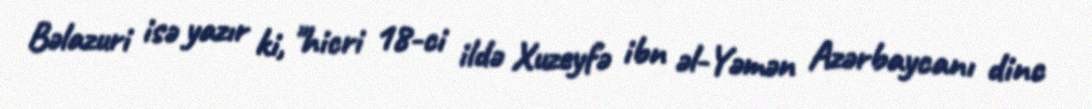
Bəlazuri isə yazır ki, "hicri 18-ci ildə Xuzeyfə ibn əl-Yəmən Azərbaycanı dinc